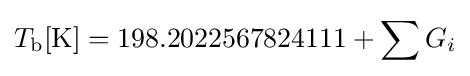
T_{\text{b}}[{\text{K}}]=198.2022567824111+\sum G_{i}